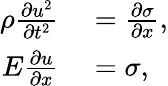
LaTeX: \begin{array}{rl}{\rho\frac{\partial u^{2}}{\partial t^{2}}}&{{}=\frac{\partial\sigma}{\partial x},}\\ {E\frac{\partial u}{\partial x}}&{{}=\sigma,}\end{array}